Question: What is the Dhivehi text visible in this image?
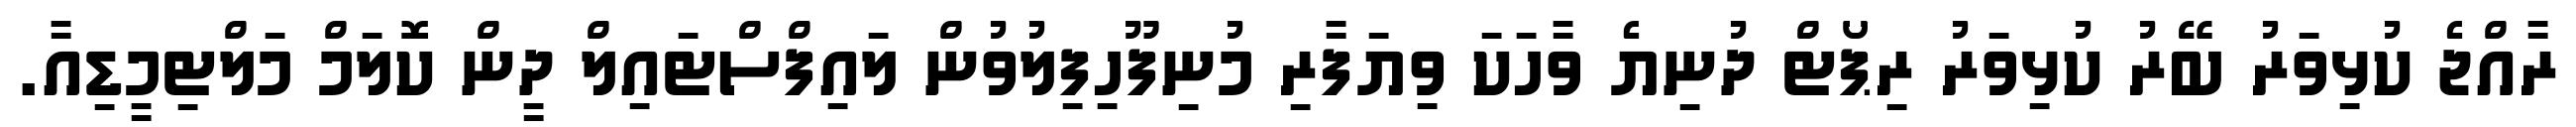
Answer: ރާއްޖެ ކުޅިވަރު ބޭރު ކުޅިވަރު ރިޕޯޓް ދުނިޔެ ވާހަކަ ވިޔަފާރި މުނިފޫހިފިލުވުން ލައިފްސްޓައިލް ދީން ކޮލަމް މަލްޓިމީޑިއާ.